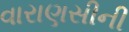
વારાણસીની